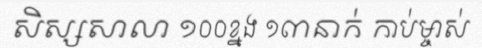
សិស្សសាលា ១០០ខ្នង ១៣នាក់ កាប់ម្ចាស់